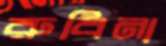
রুবিনা